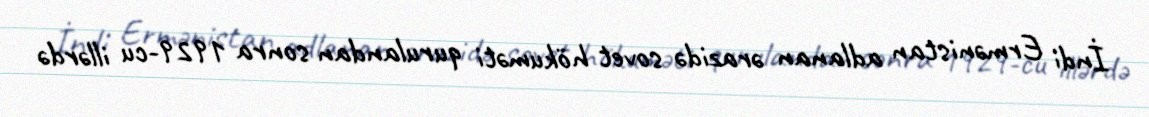
İndi Ermənistan adlanan ərazidə sovet hökuməti qurulandan sonra 1929-cu illərdə